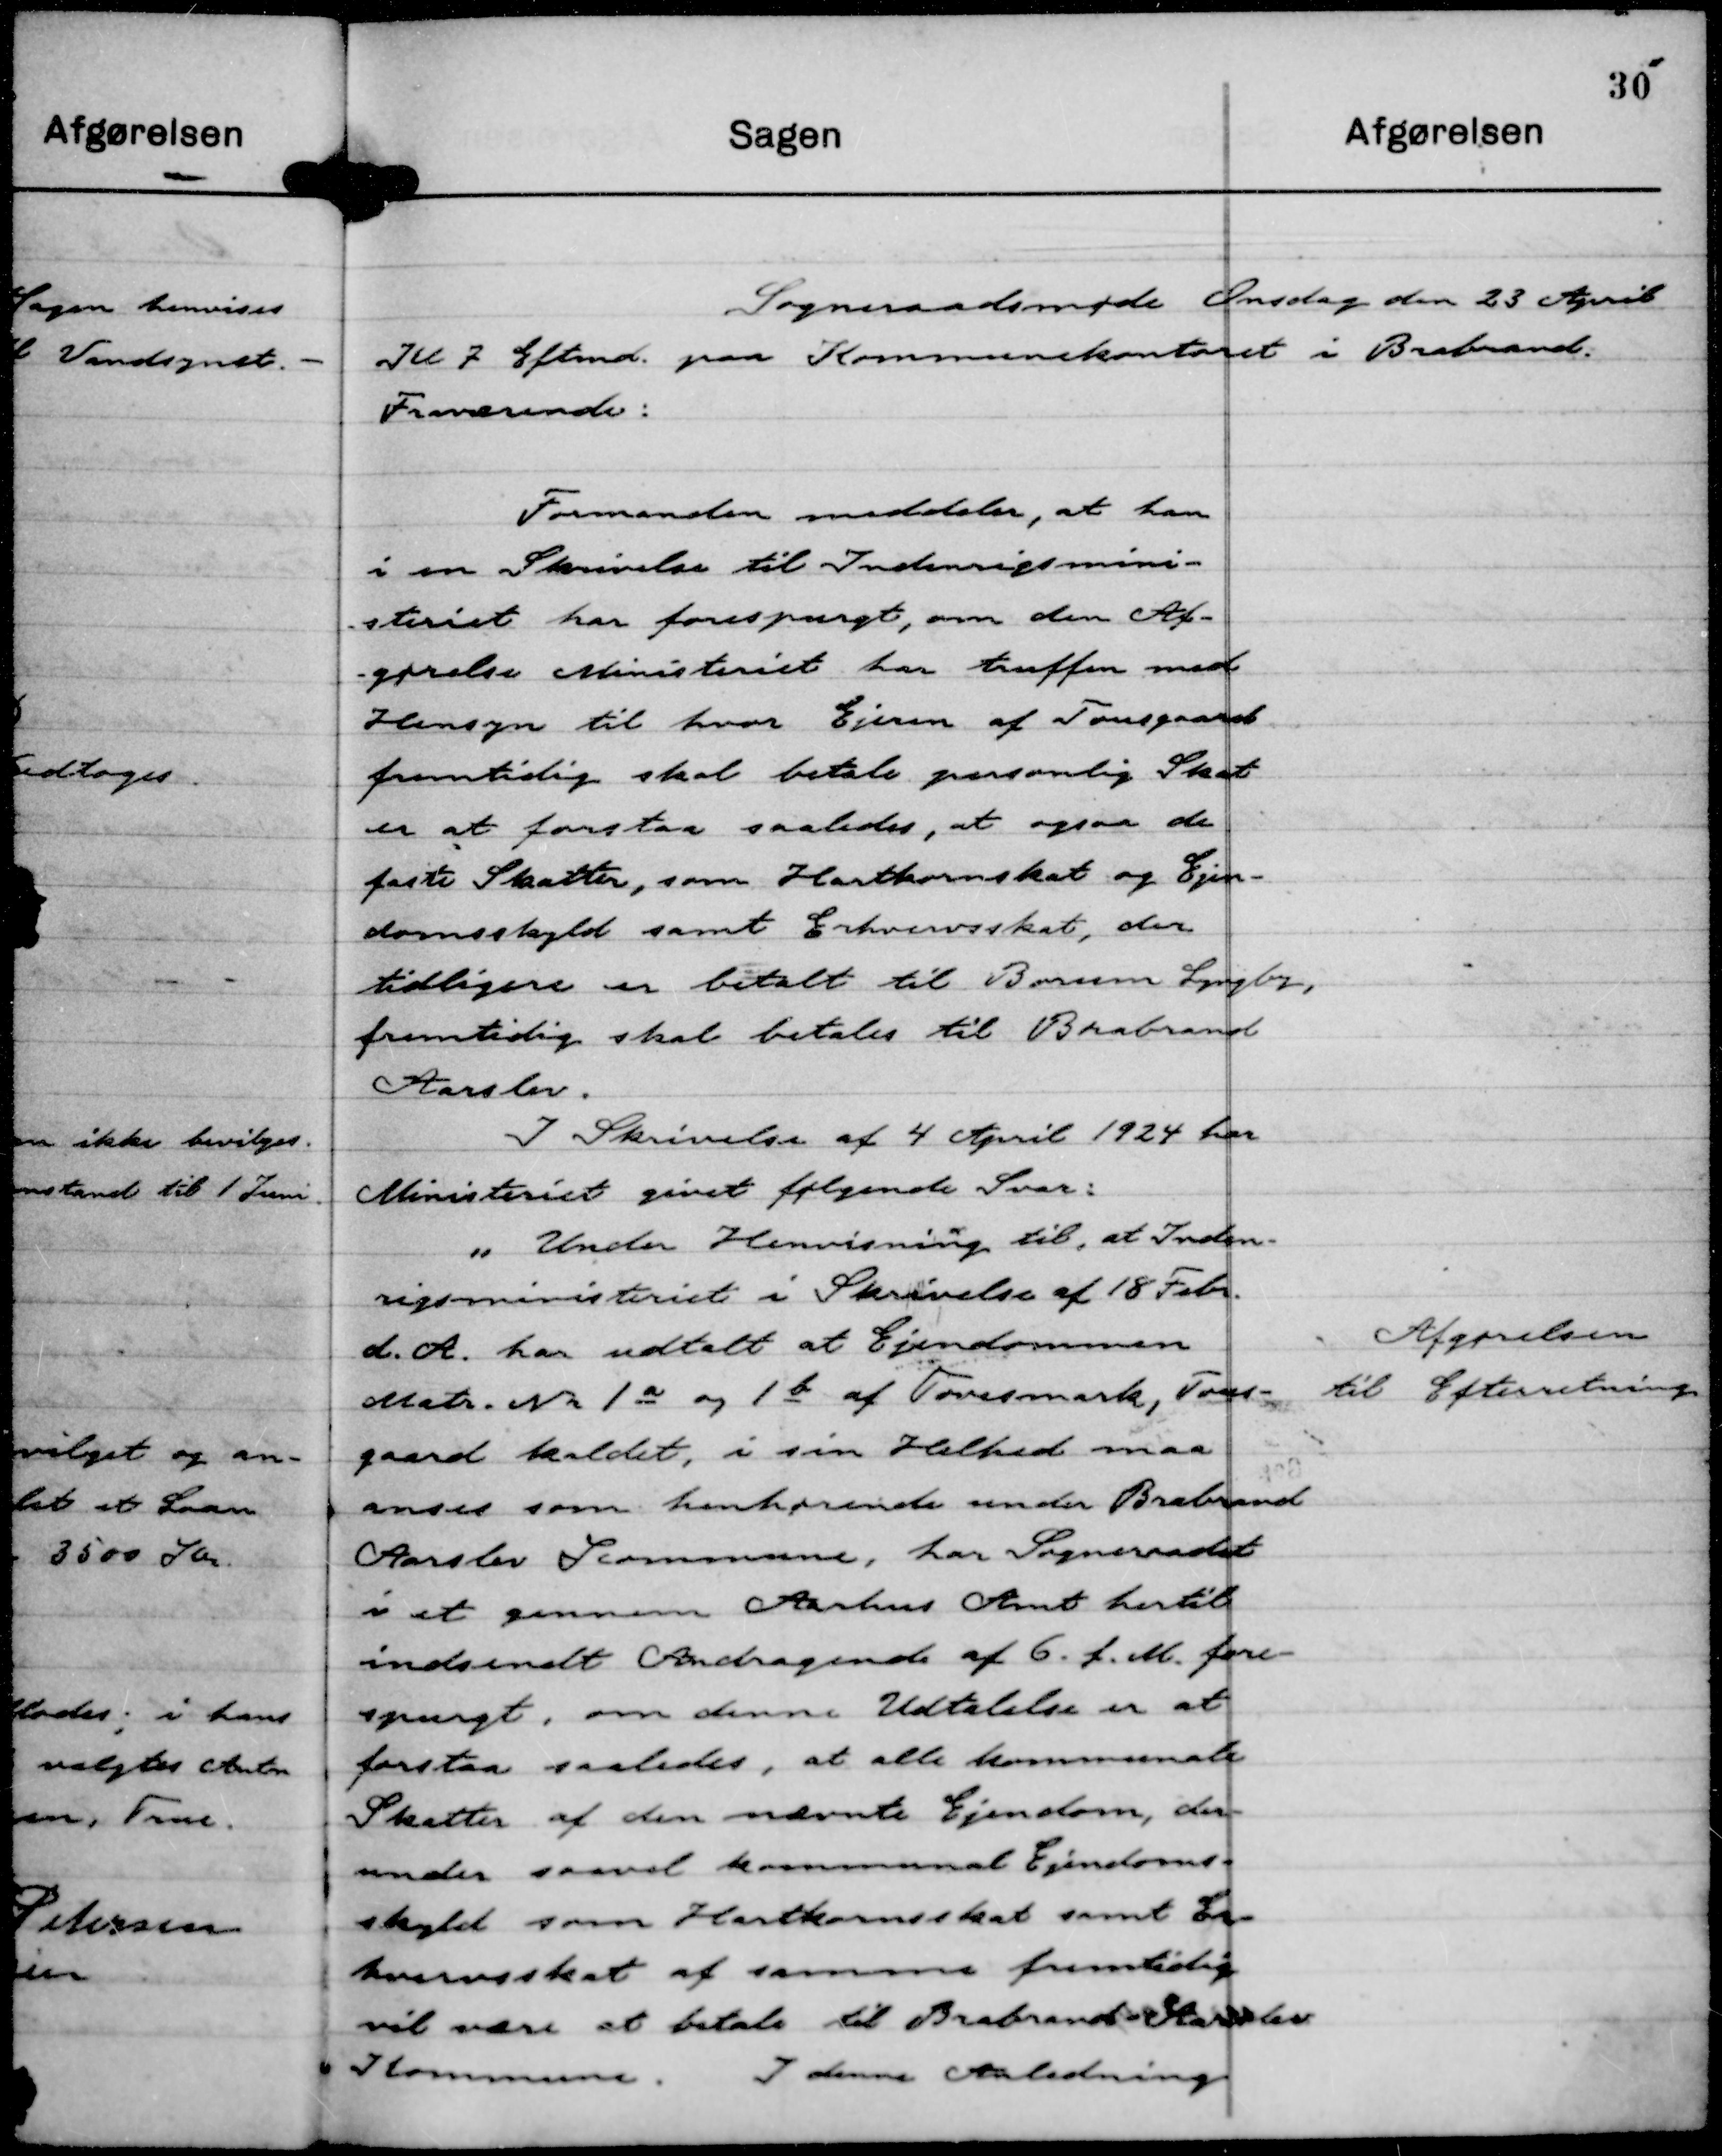
Transskription:
Sogneraadsmøde Onsdag den 23 April
Kl 7 Eftmd. paa Kommunekontoret i Brabrand.
Fraværende:

Formanden meddeler, at han
i en Skrivelse til Indenrigsmini-
steriet har forespurgt, om den Af-
- gørelse Ministeriet har truffen med
Hensyn til hvor Ejeren af Tousgaard
fremtidig skal betale personlig Skat
er at forstaa saaledes, at ogsaa de
faste Skatter, som Hartkornskat og Ejen-
domsskyld samt Erhvervsskat, der
tidligere er betalt til Borum Lyngby,
fremtidig skal betales til Brabrand
Aarslev.
I Skrivelse af 4 April 1924 har
Ministeriet givet følgende Svar:
"Under Henvisning til, at Inden-
rigsministeriet i Skrivelse af 18 Febr.
d. A. har udtalt at Ejendommen
Matr. Nr 1 a og 1 b af Tovesmark, Tous-
gaard kaldet, i sin Helhed maa
anses som henhørende under Brabrand
Aarslev Kommune, har Sogneraadet
i et gennem Aarhus Amt hertil
indsendt Andragende af 6. f. M. fore-
spurgt, om denne Udtalelse er at
forstaa saaledes, at alle kommunale
Skatter af den nævnte Ejendom, der-
under saavel kommunal Ejendoms-
skyld som Hartkornsskat samt Er-
hvervsskat af samme fremtidig
vil være at betale til Brabrand-Aarslev
Kommune. I denne Anledning

Afgørelsen
til Efterretning